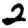
Digit: 2